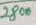
Text: 2800